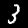
Digit: 3